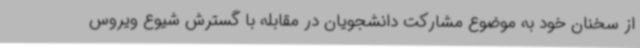
از سخنان خود به موضوع مشارکت دانشجویان در مقابله با گسترش شیوع ویروس